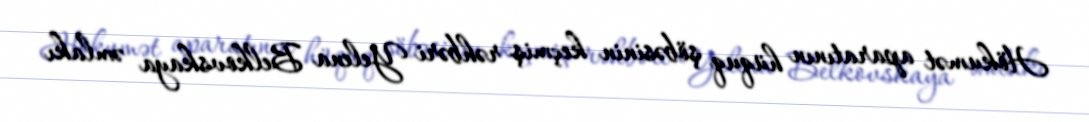
Hökumət aparatının hüquq şöbəsinin keçmiş rəhbəri Yelena Belkovskaya əmlakı